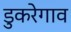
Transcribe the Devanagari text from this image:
डुकरेगाव